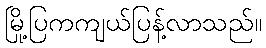
မြို့ပြကကျယ်ပြန့်လာသည်။